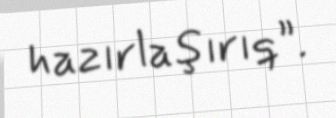
hazırlaşırıq”.